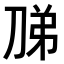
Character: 𭃦